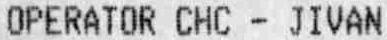
OPERATOR CHC - JIVAN